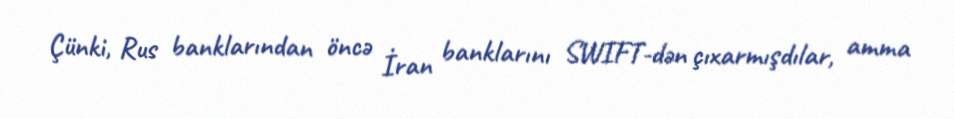
Çünki, Rus banklarından öncə İran banklarını SWIFT-dən çıxarmışdılar, amma